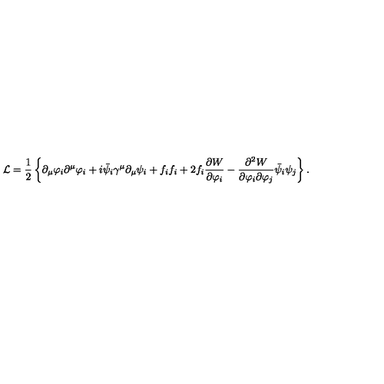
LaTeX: { \cal L } = \frac { 1 } { 2 } \left\{ \partial _ { \mu } \varphi _ { i } \partial ^ { \mu } \varphi _ { i } + i \bar { \psi } _ { i } \gamma ^ { \mu } \partial _ { \mu } \psi _ { i } + f _ { i } f _ { i } + 2 f _ { i } \frac { \partial { W } } { \partial \varphi _ { i } } - \frac { \partial ^ { 2 } { W } } { \partial \varphi _ { i } \partial \varphi _ { j } } \bar { \psi } _ { i } \psi _ { j } \right\} .